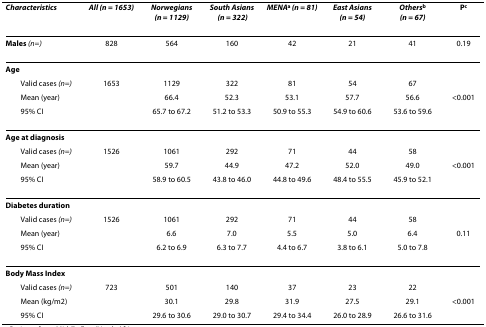
<table><thead><tr><td><b><i>Characteristics</i></b></td><td><b><i>All (n = 1653)</i></b></td><td><b><i>Norwegians (n = 1129)</i></b></td><td><b><i>South Asians (n = 322)</i></b></td><td><b><i>MENA</i><sup>a </sup><i>(n = 81)</i></b></td><td><b><i>East Asians (n = 54)</i></b></td><td><b><i>Others</i><sup>b </sup><i>(n = 67)</i></b></td><td><b>P<sup>c</sup></b></td></tr></thead><tbody><tr><td><b>Males </b><i>(n=)</i></td><td>828</td><td>564</td><td>160</td><td>42</td><td>21</td><td>41</td><td>0.19</td></tr><tr><td><b>Age</b></td><td></td><td></td><td></td><td></td><td></td><td></td><td></td></tr><tr><td> Valid cases <i>(n=)</i></td><td>1653</td><td>1129</td><td>322</td><td>81</td><td>54</td><td>67</td><td></td></tr><tr><td> Mean (year)</td><td></td><td>66.4</td><td>52.3</td><td>53.1</td><td>57.7</td><td>56.6</td><td>&lt;0.001</td></tr><tr><td> 95% CI</td><td></td><td>65.7 to 67.2</td><td>51.2 to 53.3</td><td>50.9 to 55.3</td><td>54.9 to 60.6</td><td>53.6 to 59.6</td><td></td></tr><tr><td><b>Age at diagnosis</b></td><td></td><td></td><td></td><td></td><td></td><td></td><td></td></tr><tr><td> Valid cases <i>(n=)</i></td><td>1526</td><td>1061</td><td>292</td><td>71</td><td>44</td><td>58</td><td></td></tr><tr><td> Mean (year)</td><td></td><td>59.7</td><td>44.9</td><td>47.2</td><td>52.0</td><td>49.0</td><td>&lt;0.001</td></tr><tr><td> 95% CI</td><td></td><td>58.9 to 60.5</td><td>43.8 to 46.0</td><td>44.8 to 49.6</td><td>48.4 to 55.5</td><td>45.9 to 52.1</td><td></td></tr><tr><td><b>Diabetes duration</b></td><td></td><td></td><td></td><td></td><td></td><td></td><td></td></tr><tr><td> Valid cases <i>(n=)</i></td><td>1526</td><td>1061</td><td>292</td><td>71</td><td>44</td><td>58</td><td></td></tr><tr><td> Mean (year)</td><td></td><td>6.6</td><td>7.0</td><td>5.5</td><td>5.0</td><td>6.4</td><td>0.11</td></tr><tr><td> 95% CI</td><td></td><td>6.2 to 6.9</td><td>6.3 to 7.7</td><td>4.4 to 6.7</td><td>3.8 to 6.1</td><td>5.0 to 7.8</td><td></td></tr><tr><td><b>Body Mass Index</b></td><td></td><td></td><td></td><td></td><td></td><td></td><td></td></tr><tr><td> Valid cases <i>(n=)</i></td><td>723</td><td>501</td><td>140</td><td>37</td><td>23</td><td>22</td><td></td></tr><tr><td> Mean (kg/m2)</td><td></td><td>30.1</td><td>29.8</td><td>31.9</td><td>27.5</td><td>29.1</td><td>&lt;0.001</td></tr><tr><td> 95% CI</td><td></td><td>29.6 to 30.6</td><td>29.0 to 30.7</td><td>29.4 to 34.4</td><td>26.0 to 28.9</td><td>26.6 to 31.6</td><td></td></tr></tbody></table>